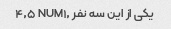
یکی از این سه نفر NUM۱٫ ۴٫۵